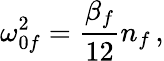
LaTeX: \omega_{0f}^{2}=\frac{\beta_{f}}{12}n_{f}\, ,